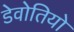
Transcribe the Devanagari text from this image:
डेवोतियो